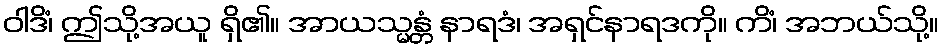
ဝါဒိံ၊ ဤသို့အယူ ရှိ၏။ အာယသ္မန္တံ နာရဒံ၊ အရှင်နာရဒကို။ ကိံ၊ အဘယ်သို့။